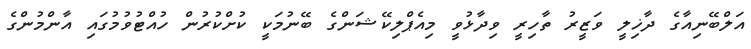
އަލްބޭނިއާގެ ދާޚިލީ ވަޒީރު ތާހިރީ ވިދާޅުވީ މިއެޕްލިކޭޝަންގެ ބޭނުމަކީ ކުށްކުރުން ހުއްޓުވުމުގައި އާންމުންގެ